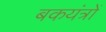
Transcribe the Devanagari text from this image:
बकयंत्रों